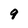
Character: 9